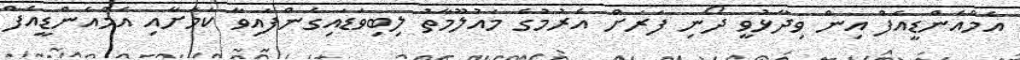
އެމްއެންޑީއެފް އިން ވިދާޅުވީ ދޯނި ފަރަށް އެރުމުގެ މައުލޫމާތު ލިބިވަޑައިގެންފައިވާ ކަމަށާއި އެމްއެންޑީއެފް